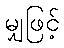
မျှဖြင့်